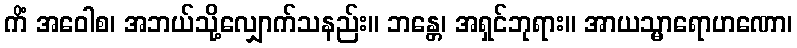
ကိံ အဝေါစ၊ အဘယ်သို့လျှောက်သနည်း။ ဘန္တေ၊ အရှင်ဘုရား။ အာယသ္မာရောဟဏော၊